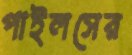
পাইলসের